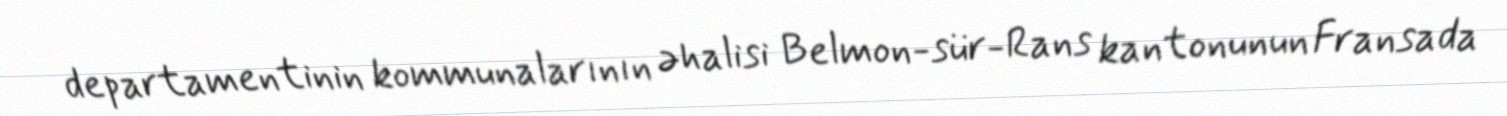
departamentinin kommunalarının əhalisi Belmon-sür-Rans kantonunun Fransada